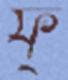
ফ্